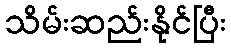
သိမ်းဆည်းနိုင်ပြီး